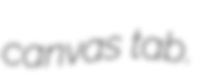
canvas tab.